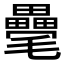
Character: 𣰸